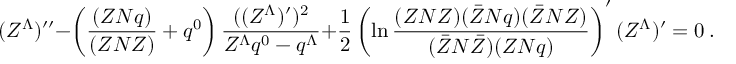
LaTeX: ( Z ^ { \Lambda } ) ^ { \prime \prime } - \left( { \frac { ( Z N q ) } { ( Z N Z ) } } + q ^ { 0 } \right) { \frac { ( ( Z ^ { \Lambda } ) ^ { \prime } ) ^ { 2 } } { Z ^ { \Lambda } q ^ { 0 } - q ^ { \Lambda } } } + { \frac { 1 } { 2 } } \left( \ln { \frac { ( Z N Z ) ( \bar { Z } N q ) ( \bar { Z } N Z ) } { ( \bar { Z } N \bar { Z } ) ( Z N q ) } } \right) ^ { \prime } ( Z ^ { \Lambda } ) ^ { \prime } = 0 \ .